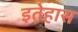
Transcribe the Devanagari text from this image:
इतेहास